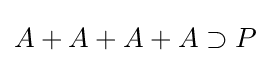
A+A+A+A\supset P